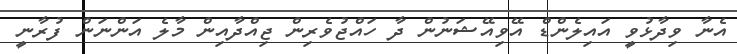
އެނާ ވިދާޅުވީ އައިލެންޑް އޭވިއޭޝަނުން ދާ ހައްޖުވެރިން ޖިއްދާއިން މާލެ އަންނަން ފުރާނީ